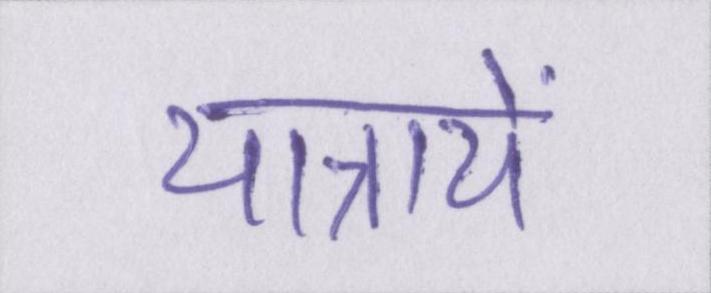
यात्रायें